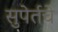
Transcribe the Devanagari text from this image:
सुपेर्तचे